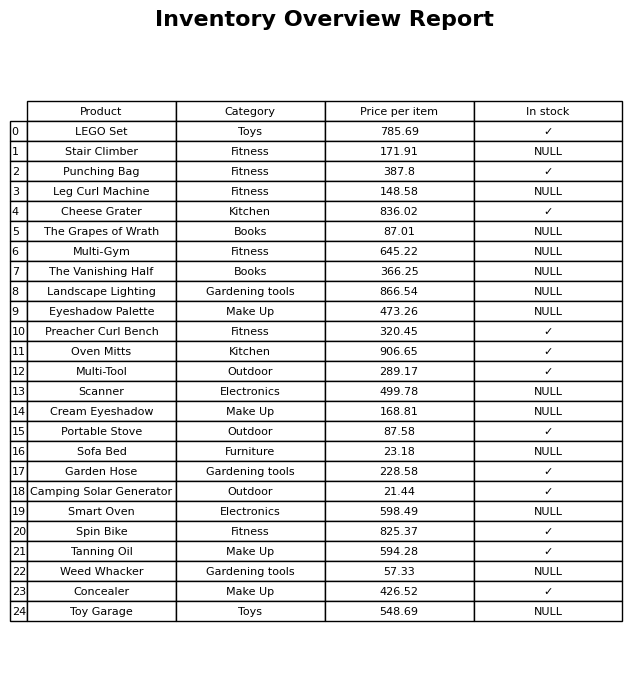
question: What category does the Weed Whacker belong to?
answer: Gardening tools